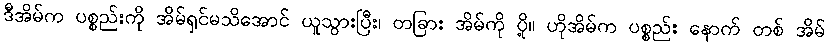
ဒီအိမ်က ပစ္စည်းကို အိမ်ရှင်မသိအောင် ယူသွားပြီး၊ တခြား အိမ်ကို ပို့။ ဟိုအိမ်က ပစ္စည်း နောက် တစ် အိမ်